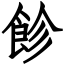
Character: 飻